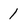
Character: 1